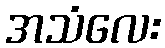
အသံလေး